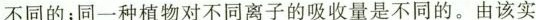
不同的；同一种植物对不同离子的吸收量是不同的。由该实